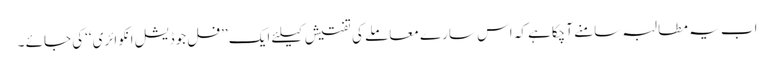
اب یہ مطالبہ سامنے آچکاہے کہ اس سارے معاملے کی تفتیش کیلئے ایک ’’فل جوڈیشل انکوائری‘‘کی جائے ۔